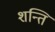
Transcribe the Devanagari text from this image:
शन्ति